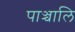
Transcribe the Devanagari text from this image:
पाञ्चालि